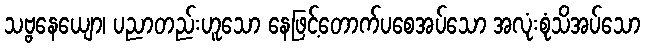
သဗ္ဗနေယျော၊ ပညာတည်းဟူသော နေဖြင့်တောက်ပစေအပ်သော အလုံးစုံသိအပ်သော